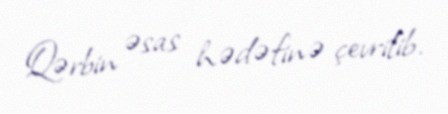
Qərbin əsas hədəfinə çevrilib.